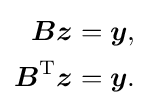
{\begin{aligned}{\boldsymbol {Bz}}&={\boldsymbol {y}},\\{\boldsymbol {B}}^{\mathrm {T} }{\boldsymbol {z}}&={\boldsymbol {y}}.\end{aligned}}